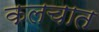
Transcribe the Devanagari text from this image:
कलचात